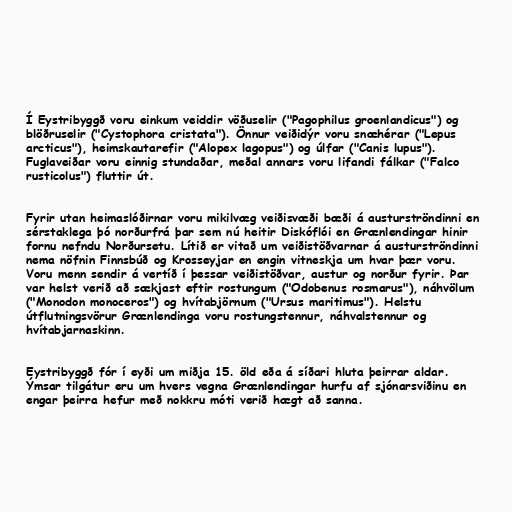
Í Eystribyggð voru einkum veiddir vöðuselir ("Pagophilus groenlandicus") og
blöðruselir ("Cystophora cristata"). Önnur veiðidýr voru snæhérar ("Lepus
arcticus"), heimskautarefir ("Alopex lagopus") og úlfar ("Canis lupus").
Fuglaveiðar voru einnig stundaðar, meðal annars voru lifandi fálkar ("Falco
rusticolus") fluttir út.

Fyrir utan heimaslóðirnar voru mikilvæg veiðisvæði bæði á austurströndinni en
sérstaklega þó norðurfrá þar sem nú heitir Diskóflói en Grænlendingar hinir
fornu nefndu Norðursetu. Lítið er vitað um veiðistöðvarnar á austurströndinni
nema nöfnin Finnsbúð og Krosseyjar en engin vitneskja um hvar þær voru.
Voru menn sendir á vertíð í þessar veiðistöðvar, austur og norður fyrir. Þar
var helst verið að sækjast eftir rostungum ("Odobenus rosmarus"), náhvölum
("Monodon monoceros") og hvítabjörnum ("Ursus maritimus"). Helstu
útflutningsvörur Grænlendinga voru rostungstennur, náhvalstennur og
hvítabjarnaskinn.

Eystribyggð fór í eyði um miðja 15. öld eða á síðari hluta þeirrar aldar.
Ýmsar tilgátur eru um hvers vegna Grænlendingar hurfu af sjónarsviðinu en
engar þeirra hefur með nokkru móti verið hægt að sanna.